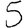
Digit: 5